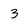
Character: 3